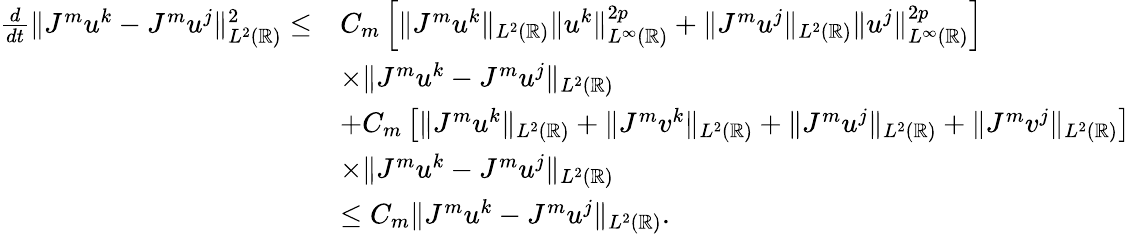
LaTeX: \begin{array}{rl}{\frac{d}{dt}\| J^{m}u^{k}-J^{m}u^{j}\| _{L^{2}(\mathbb{R})}^{2}\leq}&{C_{m}\left[\| J^{m}u^{k}\| _{L^{2}(\mathbb{R})}\| u^{k}\| _{L^{\infty}(\mathbb{R})}^{2p}+\| J^{m}u^{j}\| _{L^{2}(\mathbb{R})}\| u^{j}\| _{L^{\infty}(\mathbb{R})}^{2p}\right]}\\ &{\times\| J^{m}u^{k}-J^{m}u^{j}\| _{L^{2}(\mathbb{R})}}\\ &{+C_{m}\left[\| J^{m}u^{k}\| _{L^{2}(\mathbb{R})}+\| J^{m}v^{k}\| _{L^{2}(\mathbb{R})}+\| J^{m}u^{j}\| _{L^{2}(\mathbb{R})}+\| J^{m}v^{j}\| _{L^{2}(\mathbb{R})}\right]}\\ &{\times\| J^{m}u^{k}-J^{m}u^{j}\| _{L^{2}(\mathbb{R})}}\\ &{\leq C_{m}\| J^{m}u^{k}-J^{m}u^{j}\| _{L^{2}(\mathbb{R})}.}\end{array}